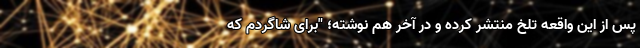
پس از این واقعه تلخ منتشر کرده و در آخر هم نوشته؛ "برای شاگردم که